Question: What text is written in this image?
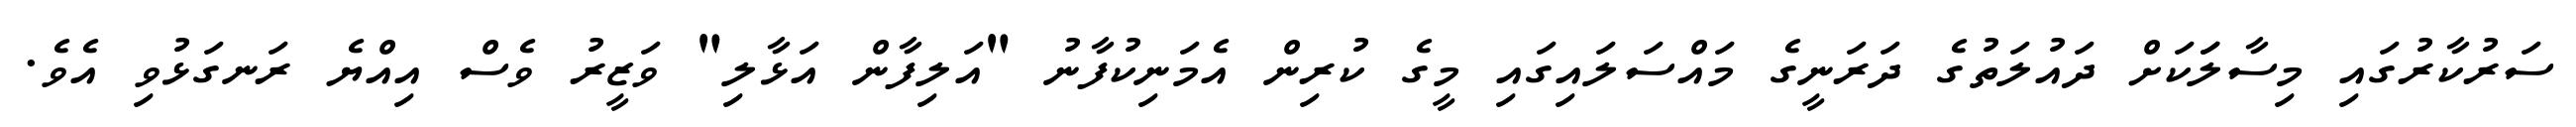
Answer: ސަރުކާރުގައި މިސާލަަކަށް ދައުލަތުގެ ދަރަނީގެ މައްސަލައިގައި މީގެ ކުރިން އެމަނިކުފާނު "އަލިފާން އަޅާލި" ވަޒީރު ވެސް އިއްޔެ ރަނގަޅުވި އެވެ.